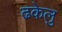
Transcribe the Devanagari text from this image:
ढकेलु